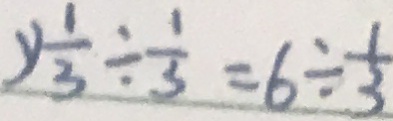
y \frac { 1 } { 3 } \div \frac { 1 } { 3 } = 6 \div \frac { 1 } { 3 }